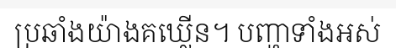
ប្រឆាំងយ៉ាងគឃ្លើន។ បញ្ហាទាំងអស់